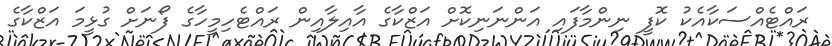
ރައްޓެއްސަކާއެކު ކޮފީ ނިންމާފައި އަންނަނިކޮށް އަޒްކާގެ އާއިލާއިން ރައްޓެހިމީހާގެ ފޯނަށް ގުޅީމަ އަޒްކާގެ